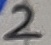
Text: 2